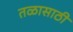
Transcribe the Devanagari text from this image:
तळासाठी